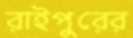
রাইপুরের